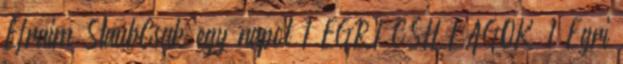
Efraim StaubCsak egy napot 1 EGRI CSILLAGOK 1 Egri